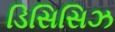
ડિસિસિઝ